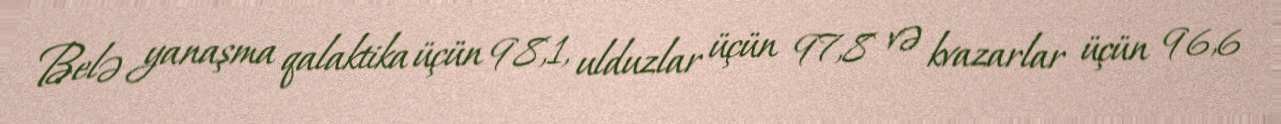
Belə yanaşma qalaktika üçün 98,1, ulduzlar üçün 97,8 və kvazarlar üçün 96,6